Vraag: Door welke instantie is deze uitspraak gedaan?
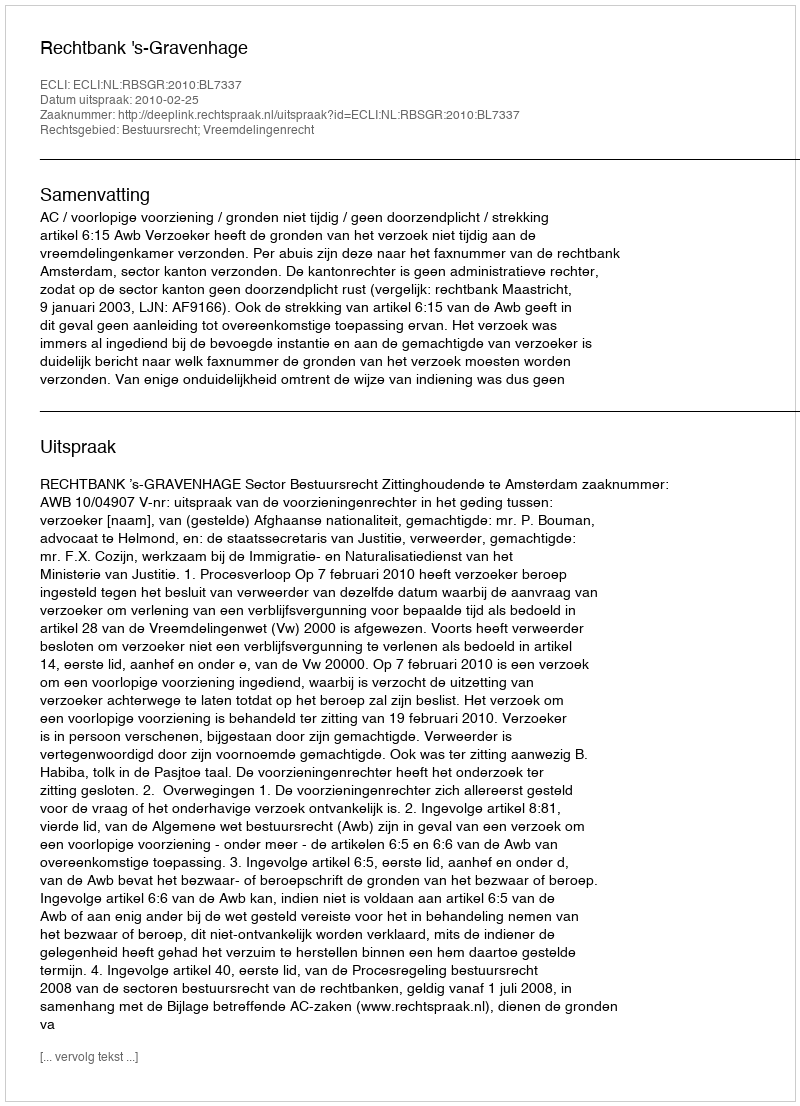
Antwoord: Rechtbank 's-Gravenhage